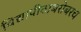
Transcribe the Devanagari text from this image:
विद्यापीठाबरोबरच